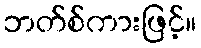
ဘတ်စ်ကားဖြင့်။